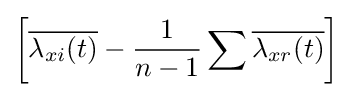
\left[{\overline {\lambda _{xi}(t)}}-{\frac {1}{n-1}}\sum {\overline {\lambda _{xr}(t)}}\right]